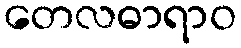
တေလဓာရာဝ